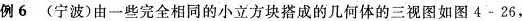
例6(宁波)由一些完全相同的小立方块搭成的几何体的三视图如图4-26，